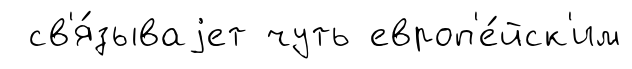
св'я́зываjет чуть европ'е́йск'им